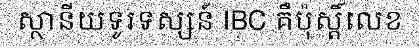
ស្ថានីយទូរទស្សន៍ IBC គឺប៉ុស្តិ៍លេខ